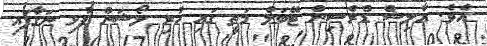
އެވެ. އާލިޝް ޑްރެސިން ޓޭބަލް މަތީ ގައި ހުރި ލޯޝަން ފުޅި ނަގާފައި